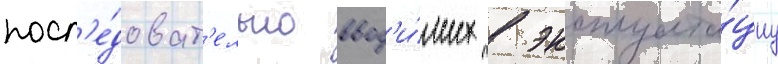
посл'е́доват'ельно ввод'и́мых в эксплуата́циу